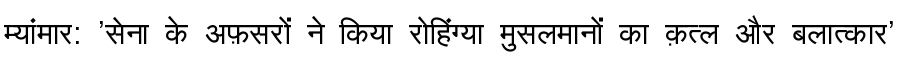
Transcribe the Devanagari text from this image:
म्यांमार: 'सेना के अफ़सरों ने किया रोहिंग्या मुसलमानों का क़त्ल और बलात्कार'